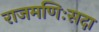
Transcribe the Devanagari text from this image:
राजमणिःसदा